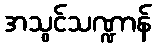
အသွင်သဏ္ဍာန်